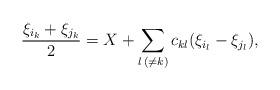
LaTeX: \begin{align*}\frac{\xi_{i_k} + \xi_{j_k}}{2} = X + \sum_{l \, (\neq k)} c_{k l} (\xi_{i_l} - \xi_{j_l}) , \end{align*}